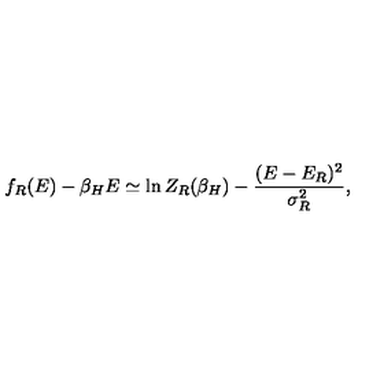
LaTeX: f _ { R } ( E ) - \beta _ { H } E \simeq \ln Z _ { R } ( \beta _ { H } ) - { \frac { ( E - E _ { R } ) ^ { 2 } } { \sigma _ { R } ^ { 2 } } } ,